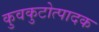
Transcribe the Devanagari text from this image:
कुवकुटोत्पादक